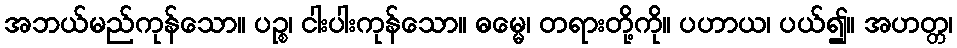
အဘယ်မည်ကုန်သော။ ပဉ္စ၊ ငါးပါးကုန်သော။ ဓမ္မေ၊ တရားတို့ကို။ ပဟာယ၊ ပယ်၍။ အဟတ္တ၊